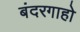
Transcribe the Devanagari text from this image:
बंदरगाहो